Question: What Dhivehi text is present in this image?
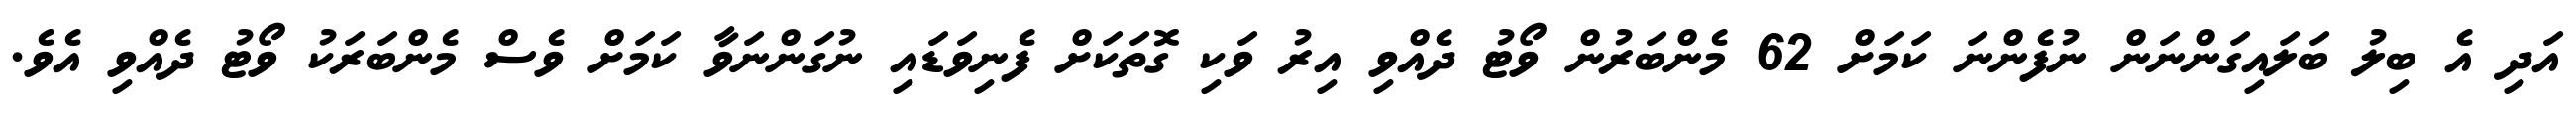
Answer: އަދި އެ ބިލު ބަލައިގަންނަން ނުފެންނަ ކަމަށް 62 މެންބަރުން ވޯޓު ދެއްވި އިރު ވަކި ގޮތަކަށް ފެނިވަޑައި ނުގަންނަވާ ކަމަށް ވެސް މެންބަރަކު ވޯޓު ދެއްވި އެވެ.